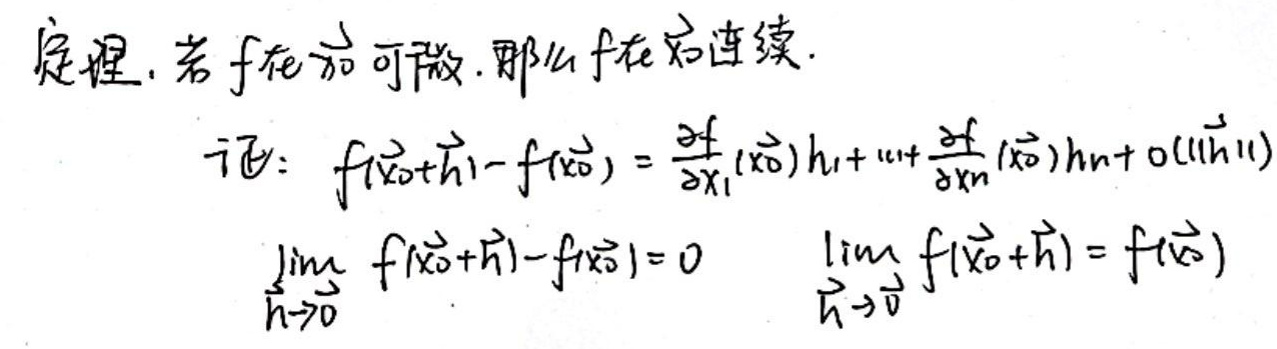
定理：若\(f\)在\(\vec{x}_0\)可微，那么\(f\)在\(\vec{x}_0\)连续。

证：\(f(\vec{x}_0+\vec{h})-f(\vec{x}_0)=\frac{\partial f}{\partial x_1}(\vec{x}_0)h_1+\cdots+\frac{\partial f}{\partial x_n}(\vec{x}_0)h_n+o(|\vec{h}|)\)

\(\lim_{\vec{h}\to 0}f(\vec{x}_0+\vec{h})-f(\vec{x}_0)=0\)

\(\lim_{\vec{h}\to 0}f(\vec{x}_0+\vec{h})=f(\vec{x_0})\)